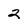
Character: 2